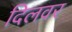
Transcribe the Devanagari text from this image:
दिलवर